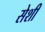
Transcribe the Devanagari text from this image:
सेशी